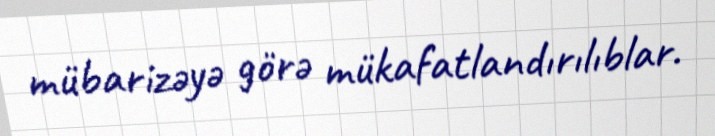
mübarizəyə görə mükafatlandırılıblar.